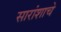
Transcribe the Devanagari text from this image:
सारांशाचे